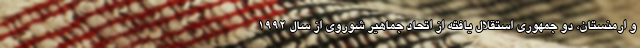
و ارمنستان، دو جمهوری استقلال یافته از اتحاد جماهیر شوروی از سال ۱۹۹۲